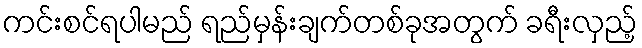
ကင်းစင်ရပါမည် ရည်မှန်းချက်တစ်ခုအတွက် ခရီးလှည့်